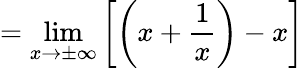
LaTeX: =\operatorname*{lim}_{x\to\pm\infty}\left[\left(x+{\frac{1}{x}}\right)-x\right]